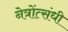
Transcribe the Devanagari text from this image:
नेत्रोंत्संधी